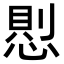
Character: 𢝔